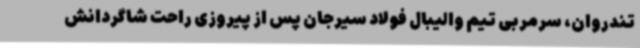
تندروان، سرمربی تیم والیبال فولاد سیرجان پس از پیروزی راحت شاگردانش